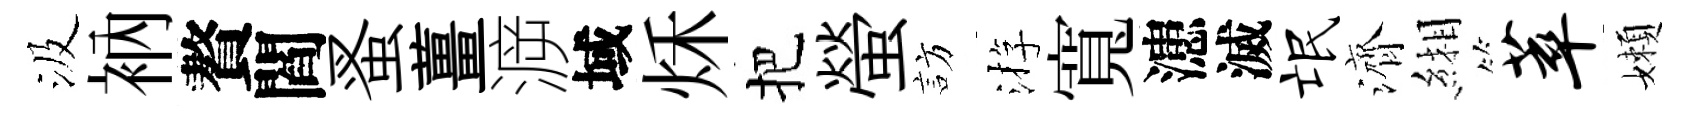
汲衲贅閻蚤薑㴑域秌把螢訪㳺寬漶滅氓濟緗萃嬾